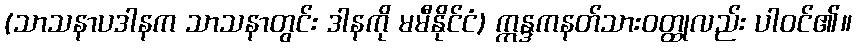
(သာသနာပဒါနက သာသနာတွင်း ဒါနကို မမီနိုင်ငံ) ဣန္ဒကနတ်သားဝတ္ထုလည်း ပါဝင်၏။